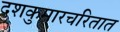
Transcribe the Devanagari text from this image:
दशकुमारचरितात